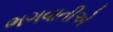
ભગવાતીએ